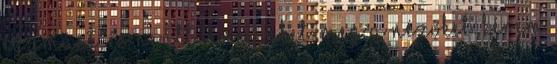
egymást, és ne itt bennünket, meg a nézőket. Kérem